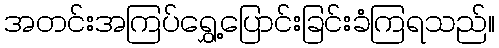
အတင်းအကြပ်ရွှေ့ပြောင်းခြင်းခံကြရသည်။